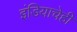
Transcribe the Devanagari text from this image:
इंडियाचेही